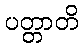
ပတ္တာတိ